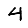
Digit: 4